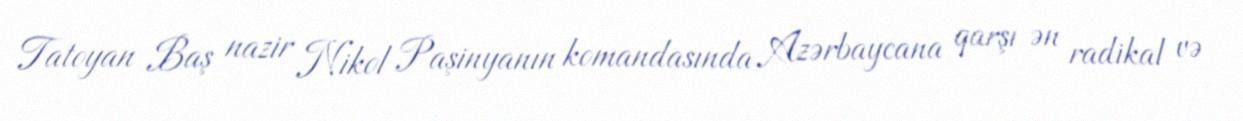
Tatoyan Baş nazir Nikol Paşinyanın komandasında Azərbaycana qarşı ən radikal və